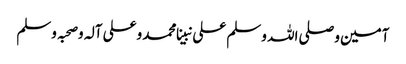
آمین وصلی اللہ وسلم علی نبینا محمد وعلی آلہ وصحبہ وسلم